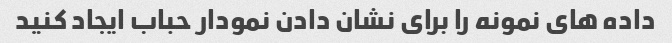
داده های نمونه را برای نشان دادن نمودار حباب ایجاد کنید